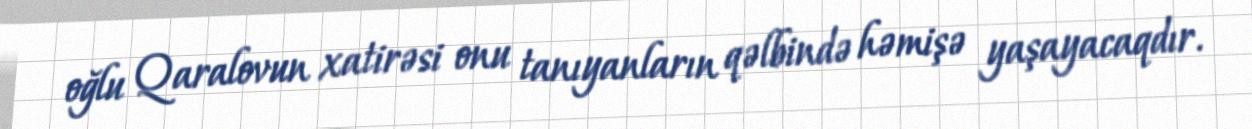
oğlu Qaralovun xatirəsi onu tanıyanların qəlbində həmişə yaşayacaqdır.